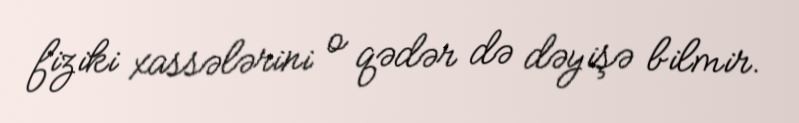
fiziki xassələrini o qədər də dəyişə bilmir.